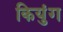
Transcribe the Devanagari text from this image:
कियुंग